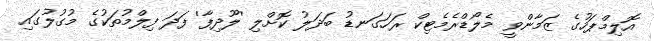
އޮލިމްޕަހުގެ ޒަމާންވީ މެލޯޑްރެމެޓިކް ރަހަގަނޑު ބަދަލު ކޮށްލި 'ލޫދިފާ' ފަދަ ފިލްމުތަކުގެ މުގުލުގައި